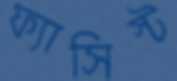
ফ্যাসিস্ট